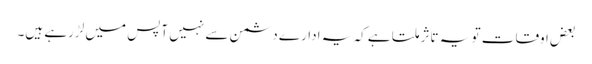
بعض اوقات تو یہ تاثر ملتا ہے کہ یہ ادارے دشمن سے نہیں آپس میں لڑرہے ہیں۔